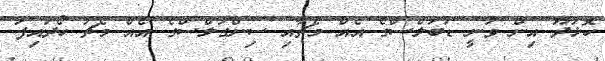
ހޮޅުދޫ އިން ވަނީ ޑަބަލްސްގެ އެއް މެޗާއި ސިންގަލްސްގެ އެއް މެޗު ހޯދައިފަ